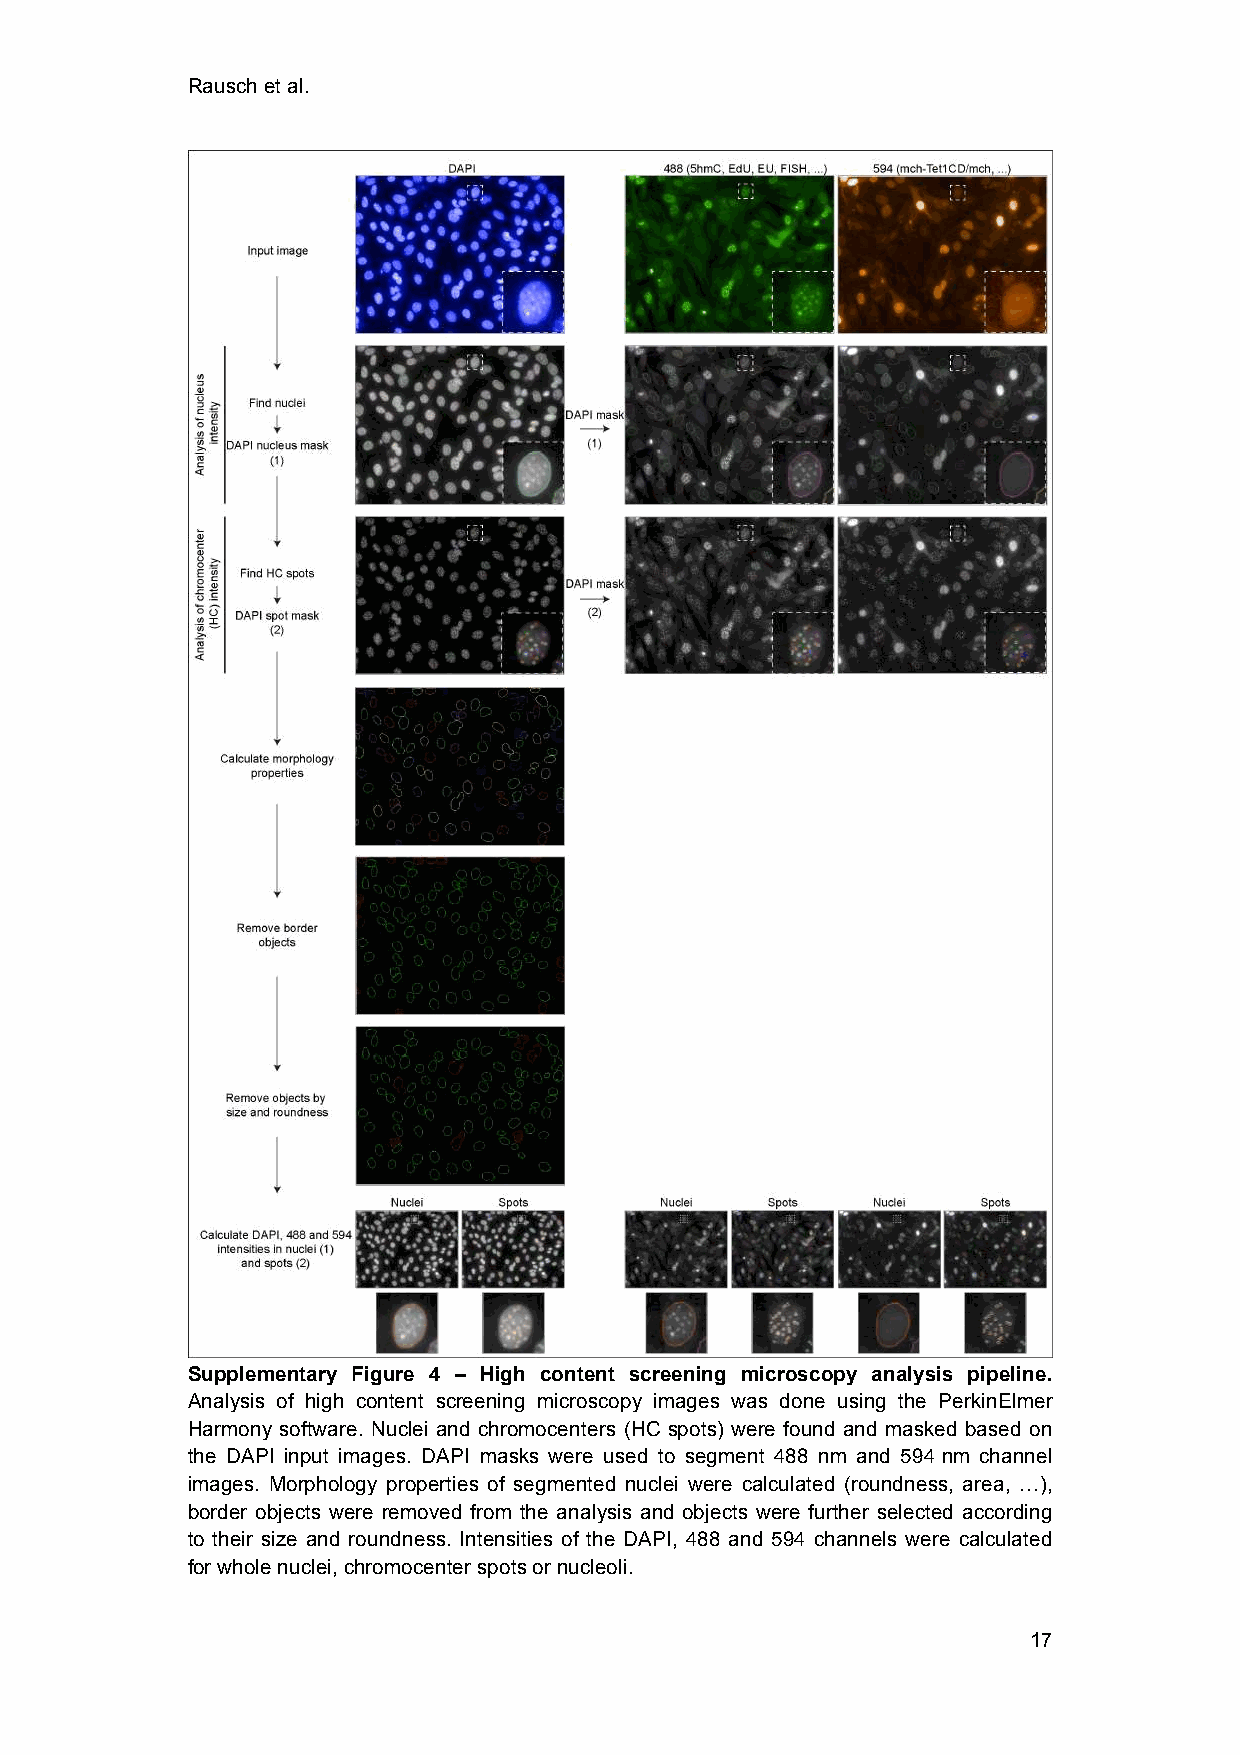
Rausch et al.
 Supplementary Figure 4 – High content screening microscopy analysis pipeline.
 Analysis of high content screening microscopy images was done using the PerkinElmer
 Harmony software. Nuclei and chromocenters (HC spots) were found and masked based on
 the DAPI input images. DAPI masks were used to segment 488 nm and 594 nm channel
 images. Morphology properties of segmented nuclei were calculated (roundness, area, …),
 border objects were removed from the analysis and objects were further selected according
 to their size and roundness. Intensities of the DAPI, 488 and 594 channels were calculated
 for whole nuclei, chromocenter spots or nucleoli.
 17